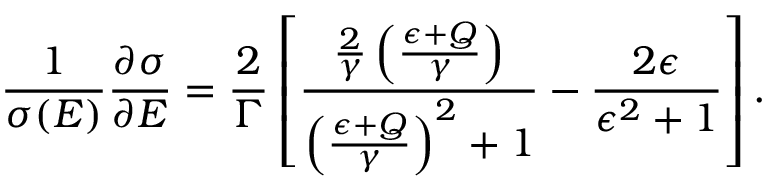
\frac { 1 } { \sigma ( E ) } \frac { \partial \sigma } { \partial E } = \frac { 2 } { \Gamma } \left[ \frac { \frac { 2 } { \gamma } \left( \frac { \epsilon + Q } { \gamma } \right) } { { \left( \frac { \epsilon + Q } { \gamma } \right) } ^ { 2 } + 1 } - \frac { 2 \epsilon } { \epsilon ^ { 2 } + 1 } \right] .